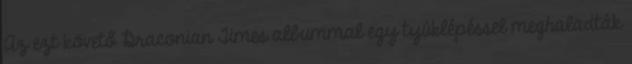
Az ezt követő Draconian Times albummal egy tyúklépéssel meghaladták